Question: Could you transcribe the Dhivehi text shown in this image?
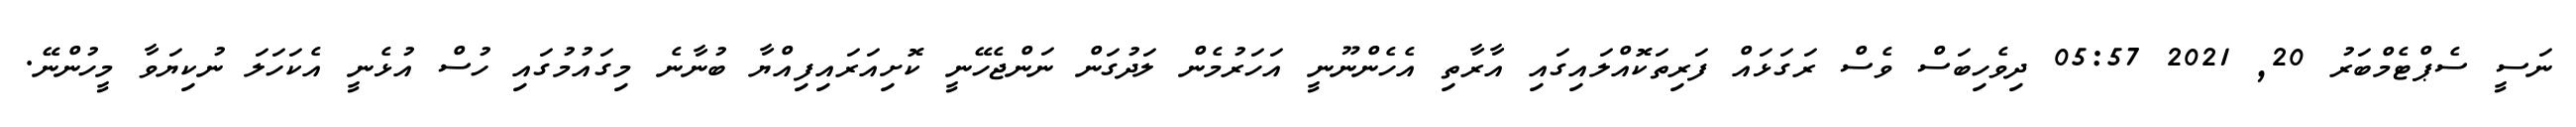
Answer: ނަސީ ސެޕްޓެމްބަރު 20, 2021 05:57 ދިވެހިބަސް ވެސް ރަގަޅައް ފަރިތަކޮއްލައިގައި އާރާތި އެހެންނޫނީ އަހަރުމެން ލަދުގަން ނަންޖެހޭނީ ކޮށިއަރައިފިއްޔާ ބުނާނެ މިގައުމުގައި ހުސް އުޅެނީ އެކަހަލަ ނުކިޔަވާ މީހުންނޭ.